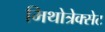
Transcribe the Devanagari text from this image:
मिथोत्रेक्सेट